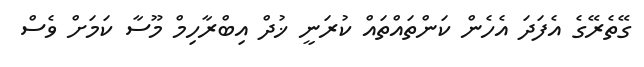
ގޭތެރޭގެ އެފަދަ އެހެން ކަންތައްތައް ކުރަނީ ޚުދް އިބްރާހިމް މޫސާ ކަމަށް ވެސް